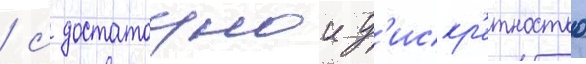
/ с достаточнои д'искр'етностью